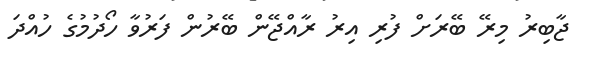
ޖާބިރު މިރޭ ބޭރަށް ފުރި އިރު ރާއްޖޭން ބޭރުން ފަރުވާ ހޯދުމުގެ ހުއްދަ